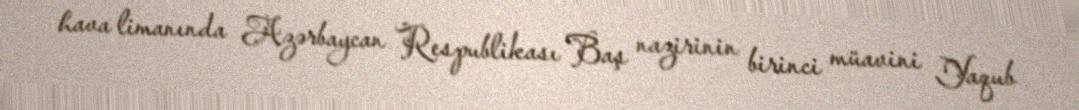
hava limanında Azərbaycan Respublikası Baş nazirinin birinci müavini Yaqub